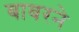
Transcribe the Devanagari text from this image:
बाबरने